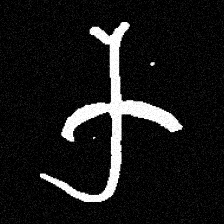
Pyu character \u2014 Myanmar letter: က (romanized: ka)